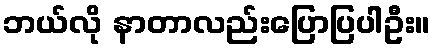
ဘယ်လို နာတာလည်းပြောပြပါဦး။